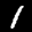
Label: 1